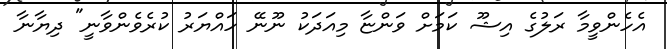
އެހެންވީމާ ރަލުގެ އިޝޫ ކަމަށް ވަންޏާ މިއަދަކު ނޫނޭ ހައްޔަރު ކުރެވެންވާނީ" ދިޔާނާ